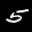
Label: 5